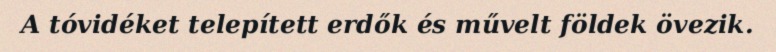
A tóvidéket telepített erdők és művelt földek övezik.